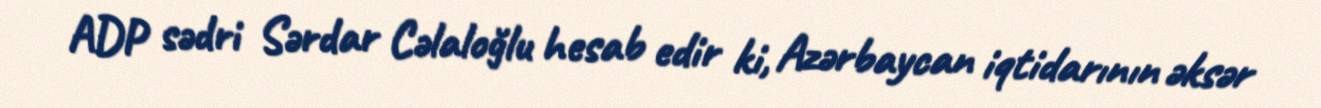
ADP sədri Sərdar Cəlaloğlu hesab edir ki, Azərbaycan iqtidarının əksər